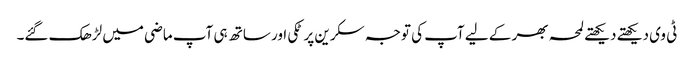
ٹی وی دیکھتے دیکھتے لمحہ بھر کے لیے آپ کی توجہ سکرین پر ٹکی اور ساتھ ہی آپ ماضی میں لڑھک گئے۔